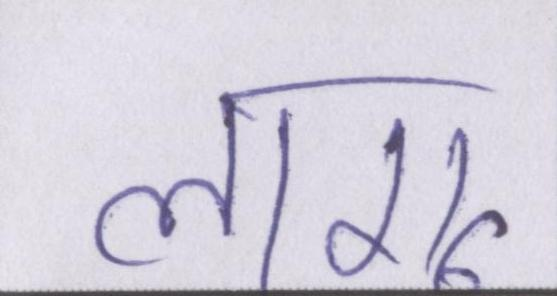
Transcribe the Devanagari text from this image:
लागू